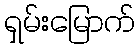
ရှမ်းမြောက်